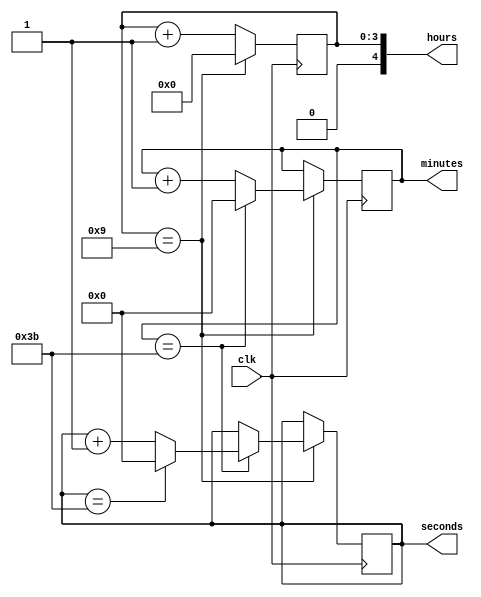
module binary_clock_divider(
    input wire clk,
    output reg [4:0] hours,
    output reg [5:0] minutes,
    output reg [5:0] seconds
);

reg [3:0] hours_counter;
reg [5:0] minutes_counter;
reg [5:0] seconds_counter;

always @(posedge clk) begin
    if (hours_counter == 9) begin
        hours_counter <= 0;
        if (minutes_counter == 59) begin
            minutes_counter <= 0;
            if (seconds_counter == 59) begin
                seconds_counter <= 0;
            end else begin
                seconds_counter <= seconds_counter + 1;
            end
        end else begin
            minutes_counter <= minutes_counter + 1;
        end
    end else begin
        hours_counter <= hours_counter + 1;
    end
end

assign hours = hours_counter;
assign minutes = minutes_counter;
assign seconds = seconds_counter;

endmodule